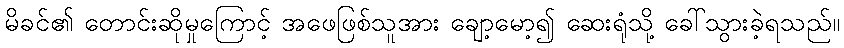
မိခင်၏ တောင်းဆိုမှုကြောင့် အဖေဖြစ်သူအား ချော့မော့၍ ဆေးရုံသို့ ခေါ်သွားခဲ့ရသည်။